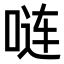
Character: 𪡏